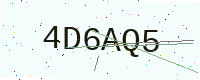
Text: 4D6AQ5